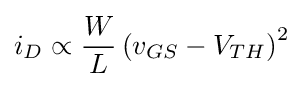
i_{D}\propto {\frac {W}{L}}\left(v_{GS}-V_{TH}\right)^{2}